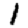
Digit: 1